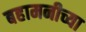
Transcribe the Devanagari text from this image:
बहामनीच्या